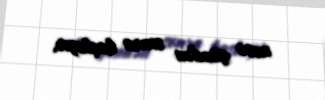
necə gündən sonra başlayır.